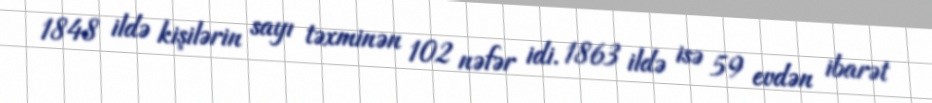
1848 ildə kişilərin sayı təxminən 102 nəfər idi. 1863 ildə isə 59 evdən ibarət